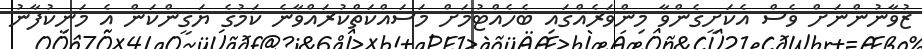
ޒުވާނުންނަށް ވެސް އެކަށީގެންވާ މިންވަރެއްގައި ބެހެއްޓުމަށް މަސައްކަތްކުރައްވާނެ ކަމުގެ ޔަގީންކަން އެ މަނިކުފާނު